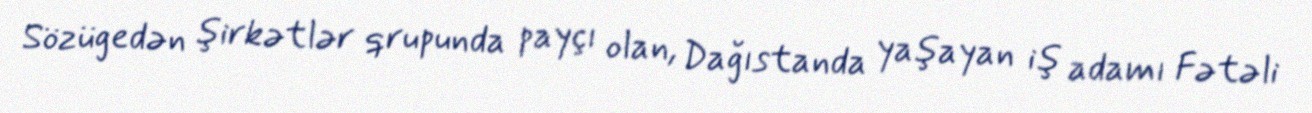
Sözügedən şirkətlər qrupunda payçı olan, Dağıstanda yaşayan iş adamı Fətəli